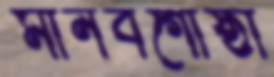
মানবগোষ্ঠী